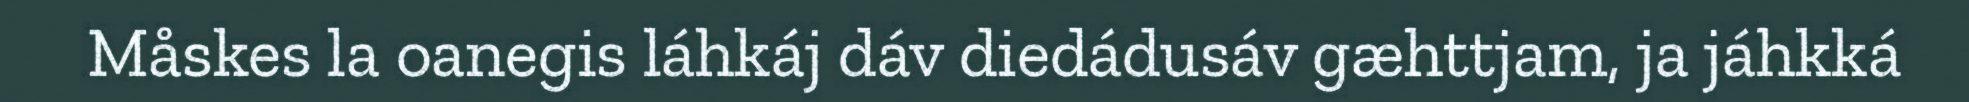
Måskes la oanegis láhkáj dáv diedádusáv gæhttjam, ja jáhkká